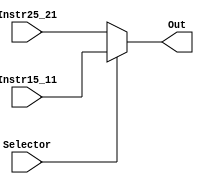
`timescale 1ns / 1ps
//////////////////////////////////////////////////////////////////////////////////
// Company: 
// Engineer: 
// 
// Design Name: 
// Module Name: Read_1_OR_3_Mux
// Project Name: 
// Target Devices: 
// Tool Versions: 
// Description: 
// 
// Dependencies: 
// 
// Revision:
// Revision 0.01 - File Created
// Additional Comments:
// 
//////////////////////////////////////////////////////////////////////////////////


module Read_1_OR_3_Mux(Selector,Instr25_21,Instr15_11,Out);

input [4:0] Instr25_21,Instr15_11;
input Selector;

output reg [4:0] Out;

always @(*)
begin
    if(Selector == 0)
        Out <= Instr25_21;
    else
        Out <= Instr15_11;
end
endmodule